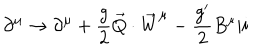
LaTeX: \partial ^ { \mu } \rightarrow \partial ^ { \mu } + \frac { g } { 2 } \vec { Q } \cdot { \vec { W } } ^ { \mu } - \frac { g ^ { \prime } } { 2 } B ^ { \mu } \vert i